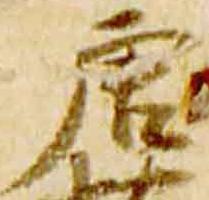
唐